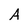
Character: A